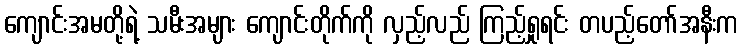
ကျောင်းအမတို့ရဲ့ သမီးအများ ကျောင်းတိုက်ကို လှည့်လည် ကြည့်ရှုရင်း တပည့်တော်အနီးက